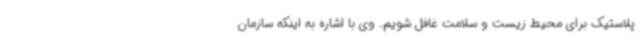
پلاستیک برای محیط زیست و سلامت غافل شویم. وی با اشاره به اینکه سازمان